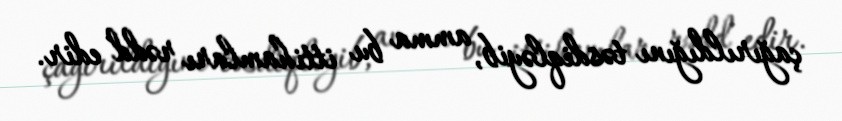
çağırıldığını təsdiqləyib, amma bu ittihamları rədd edir.